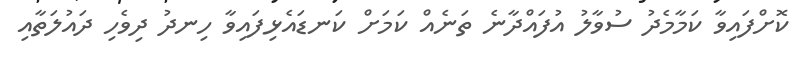
ކޮށްފައިވާ ކަމާމެދު ސުވާލު އުފައްދާނެ ތަނެއް ކަމަށް ކަނޑައެޅިފައިވާ ހިނދު ދިވެހި ދައުލަތާއި